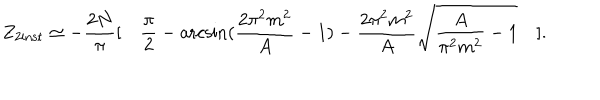
Z _ { 2 \mathrm { i n s t } } \simeq - \frac { 2 N } { \pi } [ \quad \frac { \pi } { 2 } - \operatorname { a r c s i n } ( \frac { 2 \pi ^ { 2 } m ^ { 2 } } { A } - 1 ) - \frac { 2 \pi ^ { 2 } m ^ { 2 } } { A } \sqrt { \frac { A } { \pi ^ { 2 } m ^ { 2 } } - 1 } \quad ] .